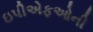
ઇપીએફઓની